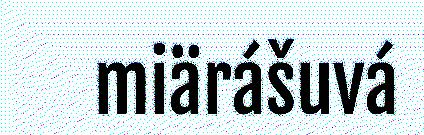
miärášuvá